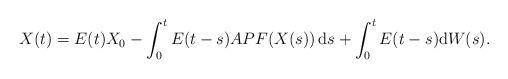
LaTeX: \begin{align*}X(t)=E(t)X_0-\int_0^tE(t-s) A P F(X(s))\,\mathrm{d} s+\int_0^tE(t-s)\mathrm{d} W(s).\end{align*}